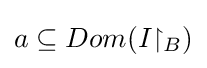
a\subseteq Dom(I{\upharpoonright _{B}})